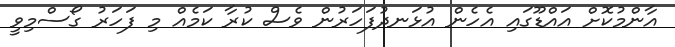
އާންމުކޮށް އައްޑޫގައި އެހެން އުޅަނދުފަހަރުން ވެސް ކުރާ ކަމެއް މި ފަހަރު ގޯސްމިވީ